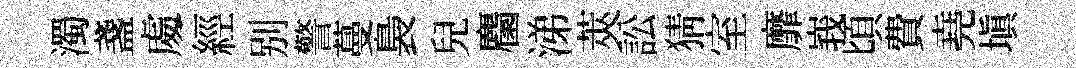
濁盞䖏經别警蔓裊兒麕涕莢訟猜室靡峩頃費堯填